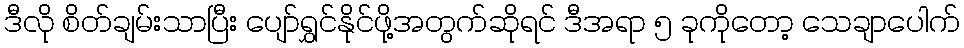
ဒီလို စိတ်ချမ်းသာပြီး ပျော်ရွှင်နိုင်ဖို့အတွက်ဆိုရင် ဒီအရာ ၅ ခုကိုတော့ သေချာပေါက်